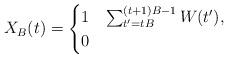
LaTeX: \begin{align*}X_B(t) = \begin{cases}1 &\sum_{t'=tB}^{(t+1)B-1} W(t') ,\cr0 &\end{cases}\end{align*}